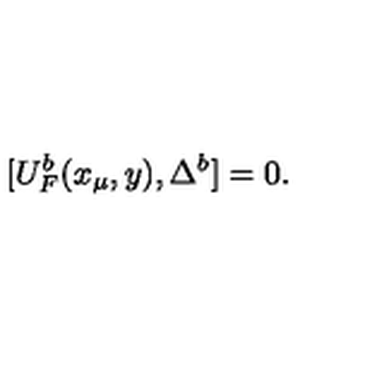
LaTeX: [ U _ { F } ^ { b } ( x _ { \mu } , y ) , \Delta ^ { b } ] = 0 .